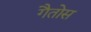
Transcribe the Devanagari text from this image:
गैतोस